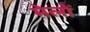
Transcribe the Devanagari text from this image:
मेलोें